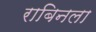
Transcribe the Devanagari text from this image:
राबिनला